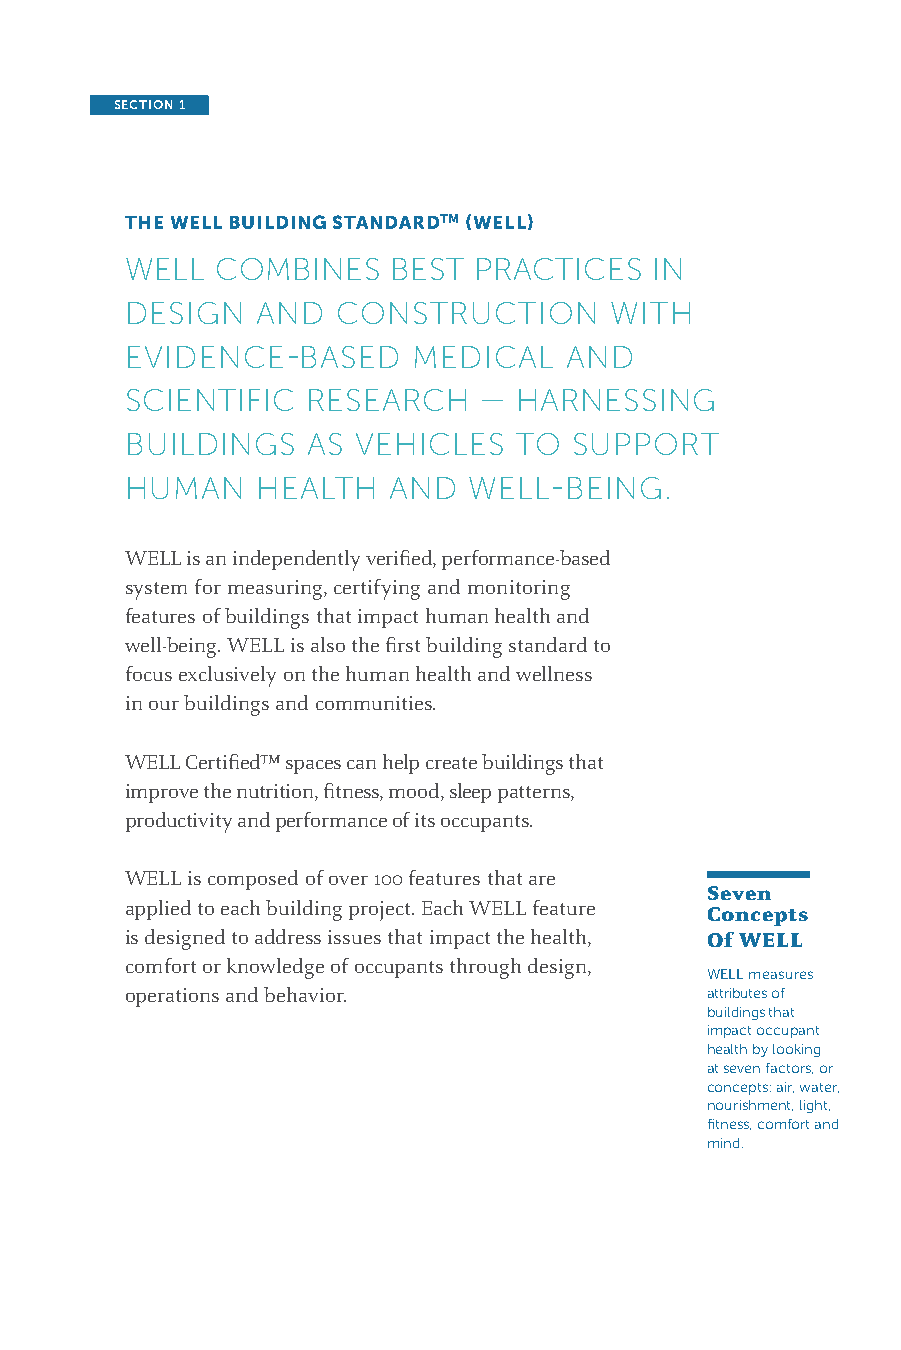
SECTION 1
 THE WELL BUILDING STANDARDTM (WELL)
 WELL  COMBINES    BEST PRACTICES   IN
 DESIGN   AND  CONSTRUCTION      WITH
 EVIDENCE-BASED     MEDICAL   AND
 SCIENTIFIC  RESEARCH    — HARNESSING
 BUILDINGS   AS VEHICLES   TO  SUPPORT
 HUMAN    HEALTH   AND  WELL-BEING.
 WELL is an independently verified, performance-based
 system for measuring, certifying and monitoring
 features of buildings that impact human health and
 well-being. WELL is also the first building standard to
 focus exclusively on the human health and wellness
 in our buildings and communities.
 WELL Certified™ spaces can help create buildings that
 improve the nutrition, fitness, mood, sleep patterns,
 productivity and performance of its occupants.
 WELL is composed of over 100 features that are
 Seven
 applied to each building project. Each WELL feature
 Concepts
 is designed to address issues that impact the health, Of WELL
 comfort or knowledge of occupants through design,
 WELL measures
 operations and behavior.               attributes of
 buildings that
 impact occupant
 health by looking
 at seven factors, or
 concepts: air, water,
 nourishment, light,
 fitness, comfort and
 mind.